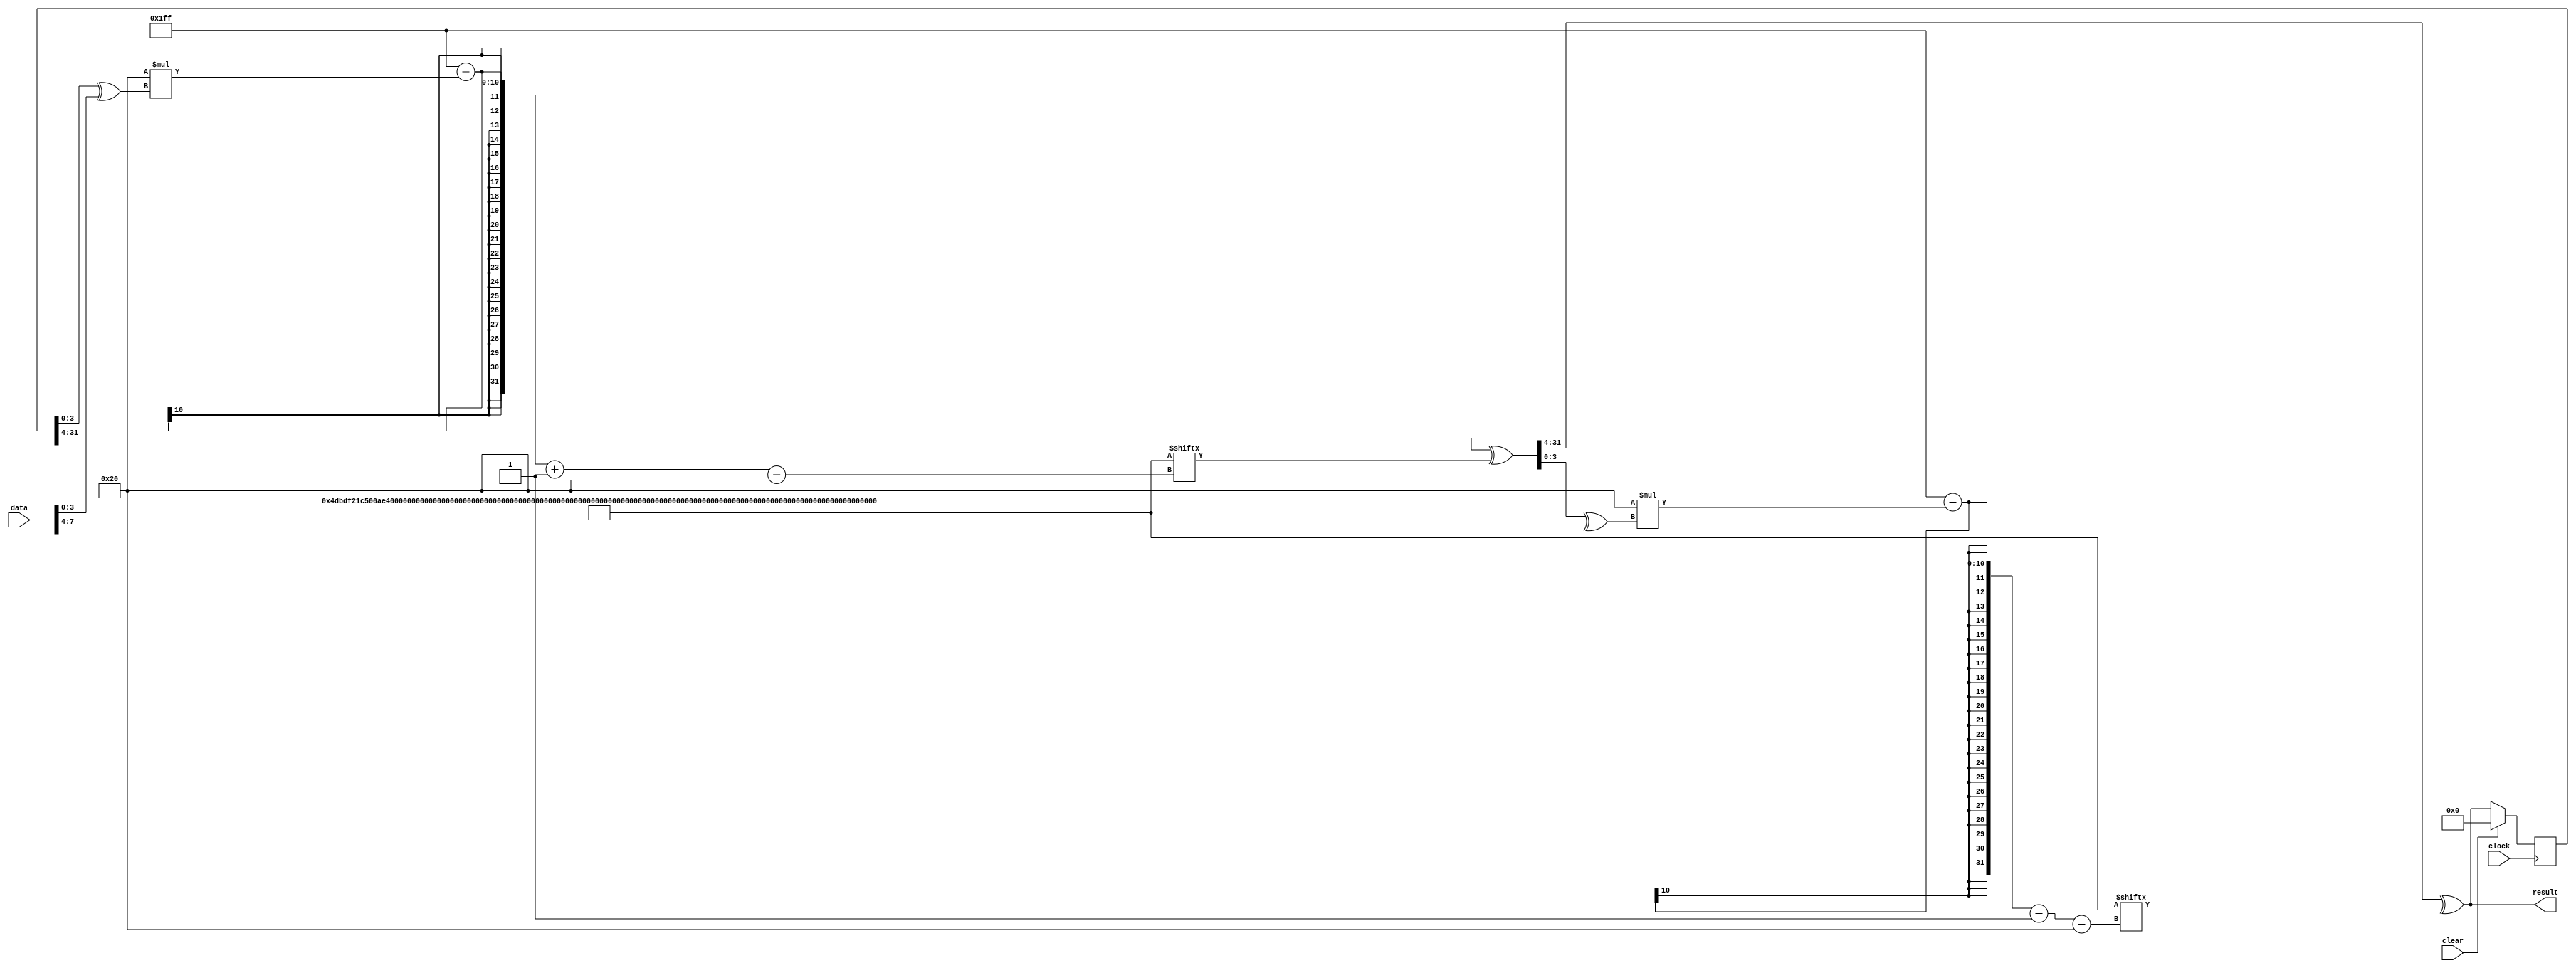
//
//  HPSDR - High Performance Software Defined Radio
//
//  Metis code. 
//
//  This program is free software; you can redistribute it and/or modify
//  it under the terms of the GNU General Public License as published by
//  the Free Software Foundation; either version 2 of the License, or
//  (at your option) any later version.
//
//  This program is distributed in the hope that it will be useful,
//  but WITHOUT ANY WARRANTY; without even the implied warranty of
//  MERCHANTABILITY or FITNESS FOR A PARTICULAR PURPOSE.  See the
//  GNU General Public License for more details.
//
//  You should have received a copy of the GNU General Public License
//  along with this program; if not, write to the Free Software
//  Foundation, Inc., 59 Temple Place, Suite 330, Boston, MA  02111-1307  USA


//  Metis code copyright 2013 Alex Shovkoplyas, VE3NEA.



//-----------------------------------------------------------------------------
//                         calculation of crc32 
//-----------------------------------------------------------------------------
module crc32 (
  input clock,
  input clear,
  input [7:0] data,
  output [31:0] result
  );
  
  
wire [511:0] crc_table = {
  32'h4DBDF21C, 32'h500AE278, 32'h76D3D2D4, 32'h6B64C2B0,
  32'h3B61B38C, 32'h26D6A3E8, 32'h000F9344, 32'h1DB88320,
  32'hA005713C, 32'hBDB26158, 32'h9B6B51F4, 32'h86DC4190,
  32'hD6D930AC, 32'hCB6E20C8, 32'hEDB71064, 32'hF0000000};
  
  
reg [31:0] prev_result;


//process low nibble, then high nibble
wire [31:0] crc_lo = prev_result[31:4] ^ crc_table[511-32*(prev_result[3:0] ^ data[3:0]) -: 32]; 
wire [31:0] crc_hi = crc_lo[31:4] ^ crc_table[511-32*(crc_lo[3:0] ^ data[7:4]) -: 32]; 
  

//clear, compute, or hold  
always @(posedge clock)
  if (clear) prev_result <= 32'b0;
  else prev_result <= crc_hi;


assign result = crc_hi;



endmodule